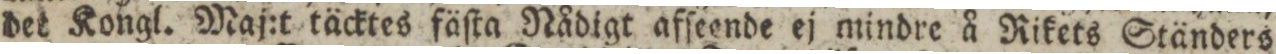
det Kongl. Maj:t täcktes fäſta Nådigt afſeende ej mindre å Rikets Ständers